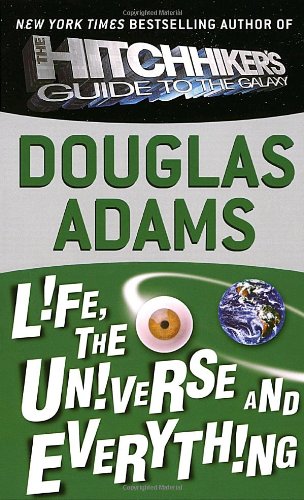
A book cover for Life, the Universe and Everything (Hitchhiker's Guide to the Galaxy); Douglas Adams; Literature & Fiction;